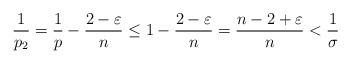
LaTeX: \begin{align*}\frac{1}{p_2}=\frac{1}{p}-\frac{2-\varepsilon}{n}\le 1-\frac{2-\varepsilon}{n}=\frac{n-2+\varepsilon}{n}< \frac{1}{\sigma}\end{align*}